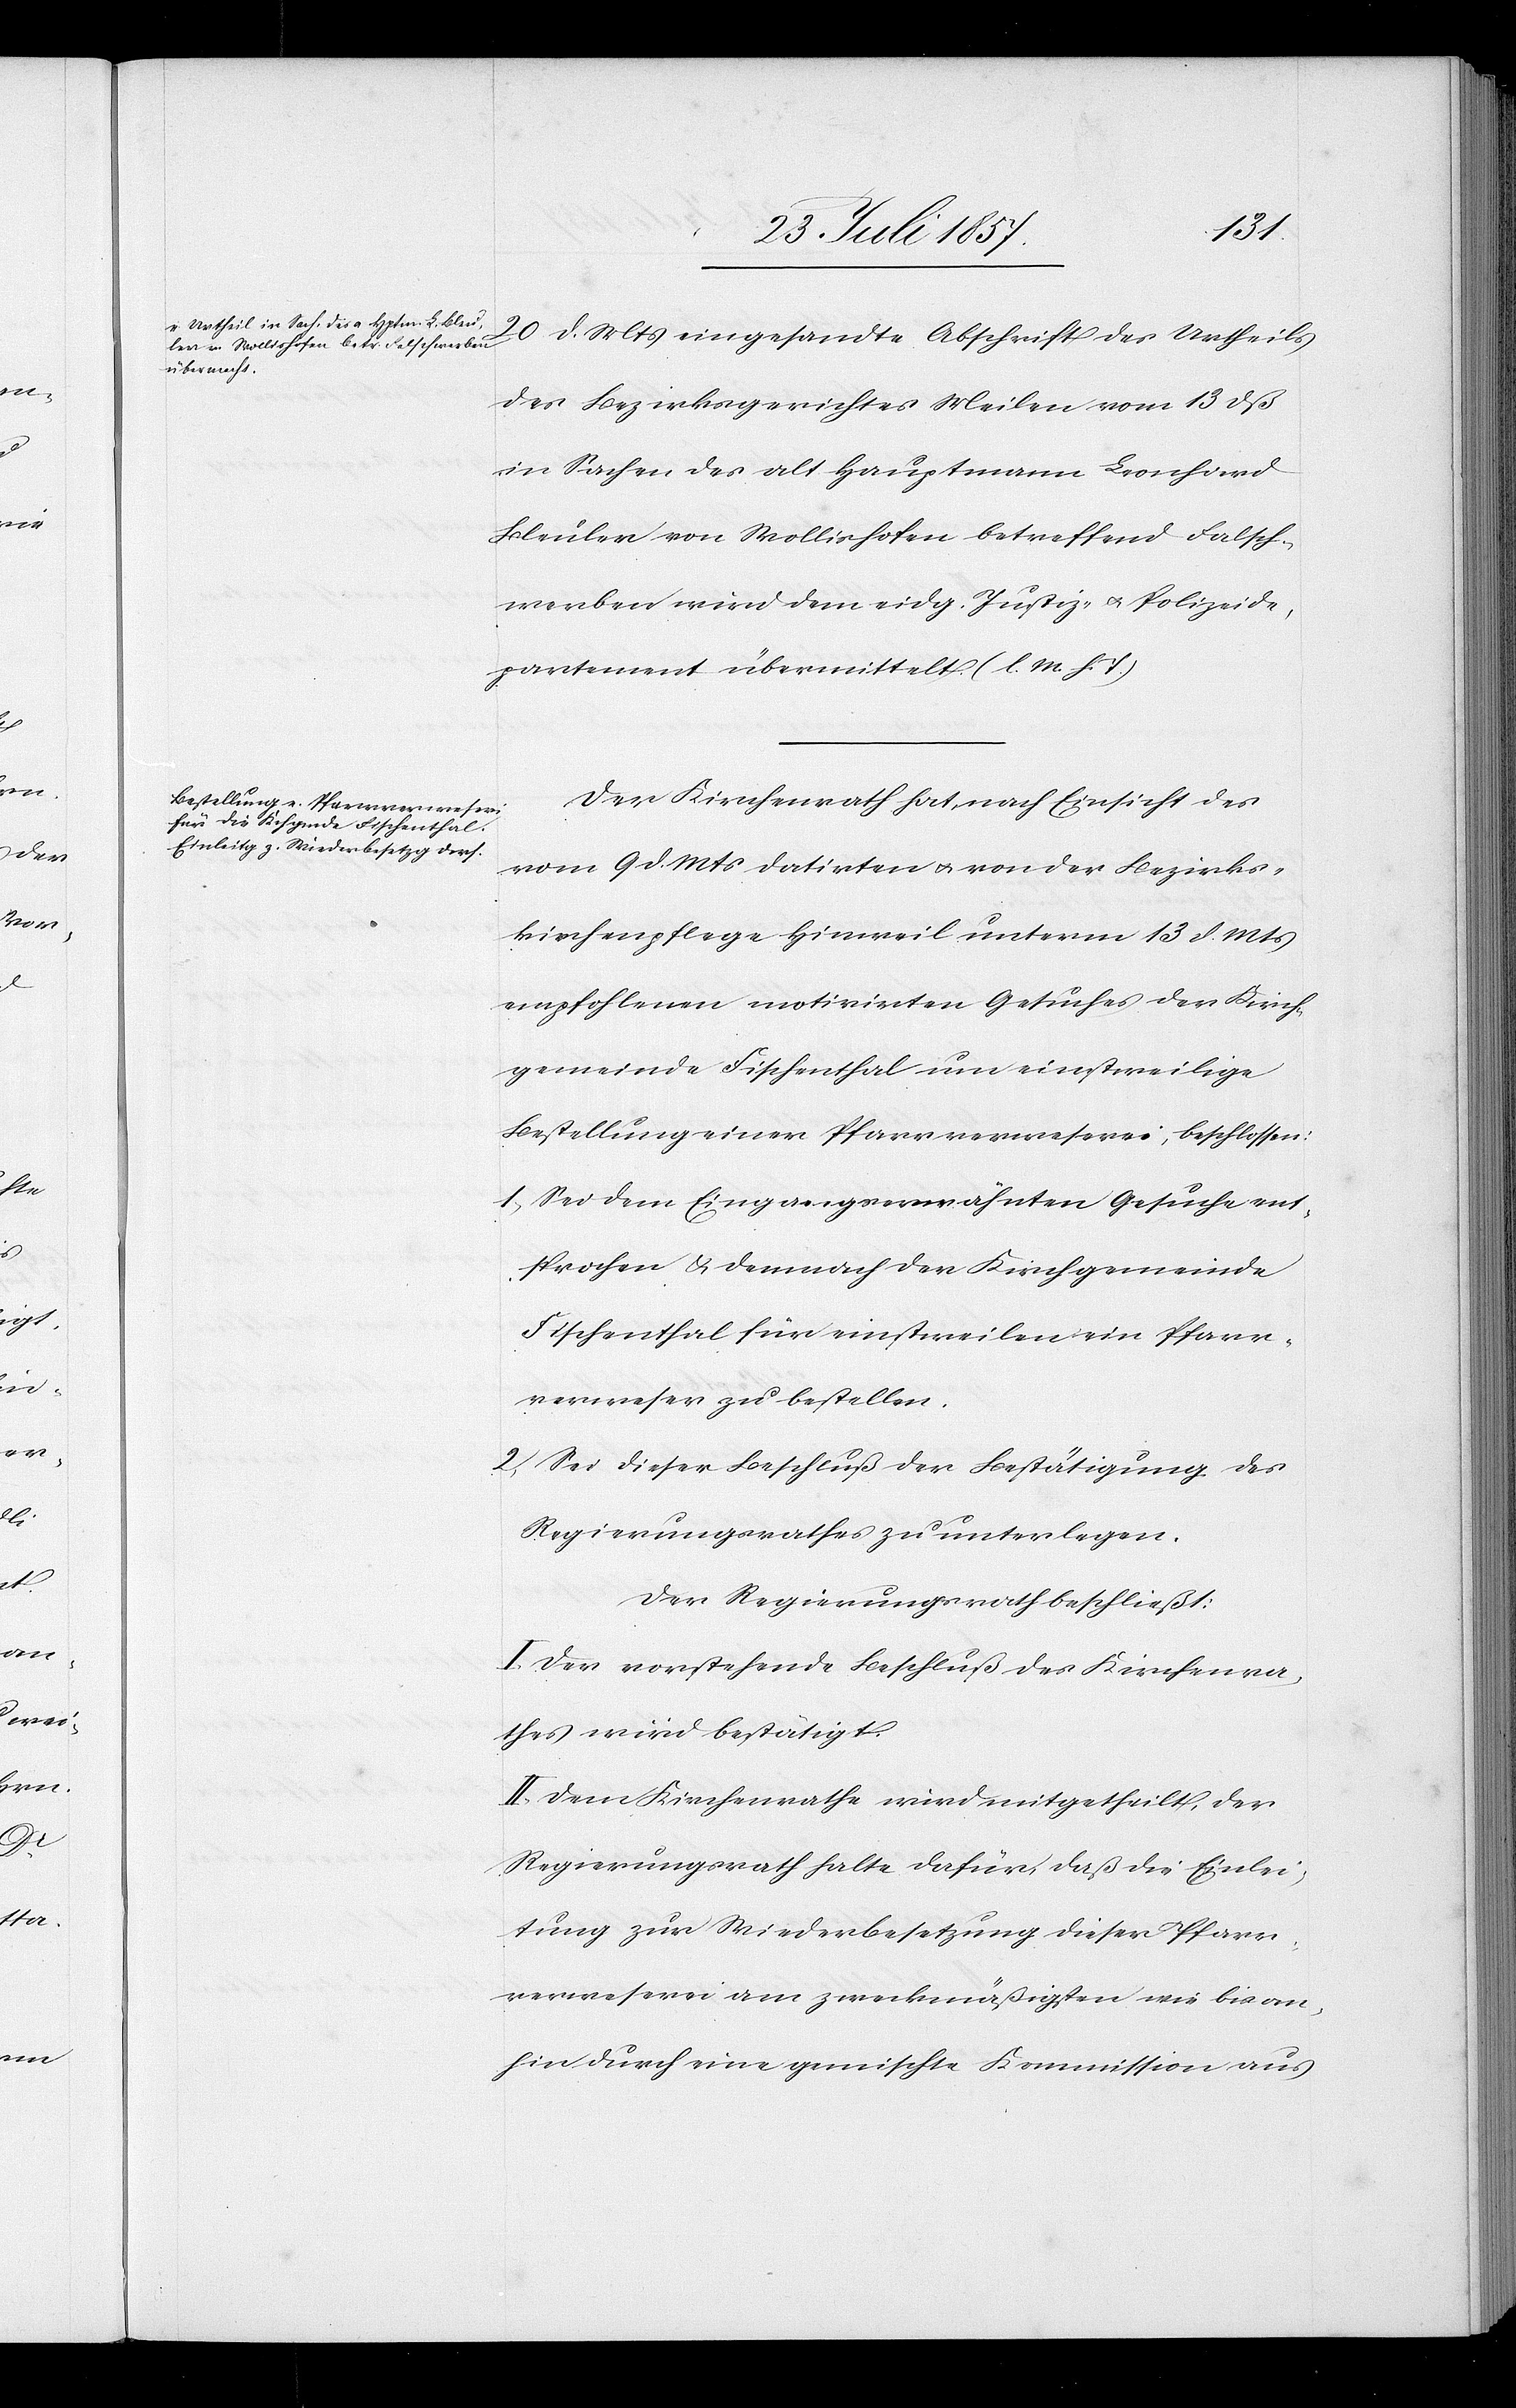
20 d. Mts. eingesandte Abschrift des Urtheils
des Bezirksgerichtes Meilen vom 13 dß
in Sachen des alt Hauptmann Leonhard
Bleuler von Wollishofen betreffend Falsch¬
werben wird dem eidg. Justiz- & Polizeide¬
partement übermittelt. [l. M. h. T]
Der Kirchenrath hat nach Einsicht des
vom 9 d. Mts. datirten & von der Bezirks¬
kirchenpflege Hinweil unterm 13 d. Mts.
empfohlenen motivirten Gesuches der Kirch¬
gemeinde Fischenthal um einstweilige
Bestellung einer Pfarrverweserei, beschlossen:
1.) Sei dem Eingangserwähnten Gesuche ent¬
sprochen & demnach der Kirchgemeinde
Fischenthal für einstweilen ein Pfarr¬
verweser zu bestellen.
2.) Sei dieser Beschluß der Bestätigung des
Regierungsrathes zu unterlegen.
Der Regierungsrath beschließt:
I. Der vorstehende Beschluß des Kirchenra¬
thes wird bestätigt.
II. Dem Kirchenrathe wird mitgetheilt, der
Regierungsrath halte dafür, daß die Einlei¬
tung zur Wiederbesetzung dieser Pfarr¬
verweserei am zweckmäßigten wie bis an¬
hin durch eine gemischte Kommission aus